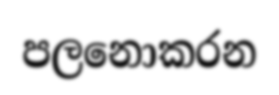
පලනොකරන